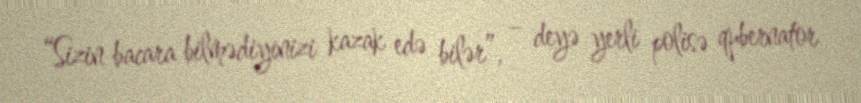
“Sizin bacara bilmədiyinizi kazak edə bilər”, – deyə yerli polisə qubernator